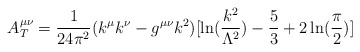
\begin{align*}A^{\mu\nu}_T ={1\over {24\pi^2}} (k^\mu k^\nu -g^{\mu\nu}k^2)[\ln ({{k^2}\over{\Lambda^2}}) - \frac{5}{3} + 2\ln ({\pi \over 2})]\end{align*}